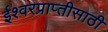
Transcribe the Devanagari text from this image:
ईश्वरप्राप्‍तीसाठी